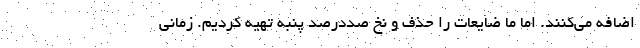
اضافه می‌کنند. اما ما ضایعات را حذف و نخ صددرصد پنبه تهیه کردیم. زمانی